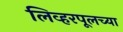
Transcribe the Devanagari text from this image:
लिव्हरपूलच्या